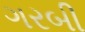
ગરબી